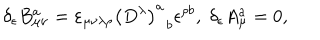
\delta _ { \epsilon } B _ { \mu \nu } ^ { a } = \varepsilon _ { \mu \nu \lambda \rho } \left( D ^ { \lambda } \right) _ { \; \; b } ^ { a } \epsilon ^ { \rho b } , \; \delta _ { \epsilon } A _ { \mu } ^ { a } = 0 ,